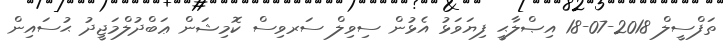
ތަފްސީލް 2018-07-18 އިޞްލާޙީ ފިޔަވަޅު އެޅުން ސިވިލް ސަރވިސް ކޮމިޝަން ޢަބްދުލްމަޖީދު ޙުސައިން